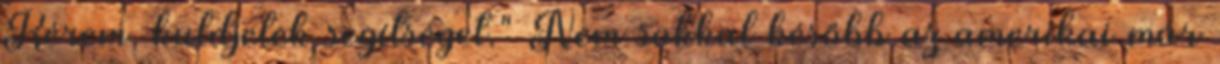
Kérem, küldjetek segítséget." Nem sokkal később az amerikai már